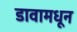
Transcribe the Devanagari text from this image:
डावामधून